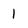
Character: 1